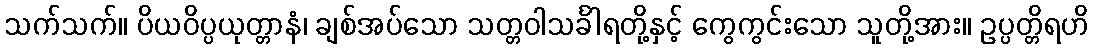
သက်သက်။ ပိယဝိပ္ပယုတ္တာနံ၊ ချစ်အပ်သော သတ္တဝါသင်္ခါရတို့နှင့် ကွေကွင်းသော သူတို့အား။ ဥပ္ပတ္တိရဟိ